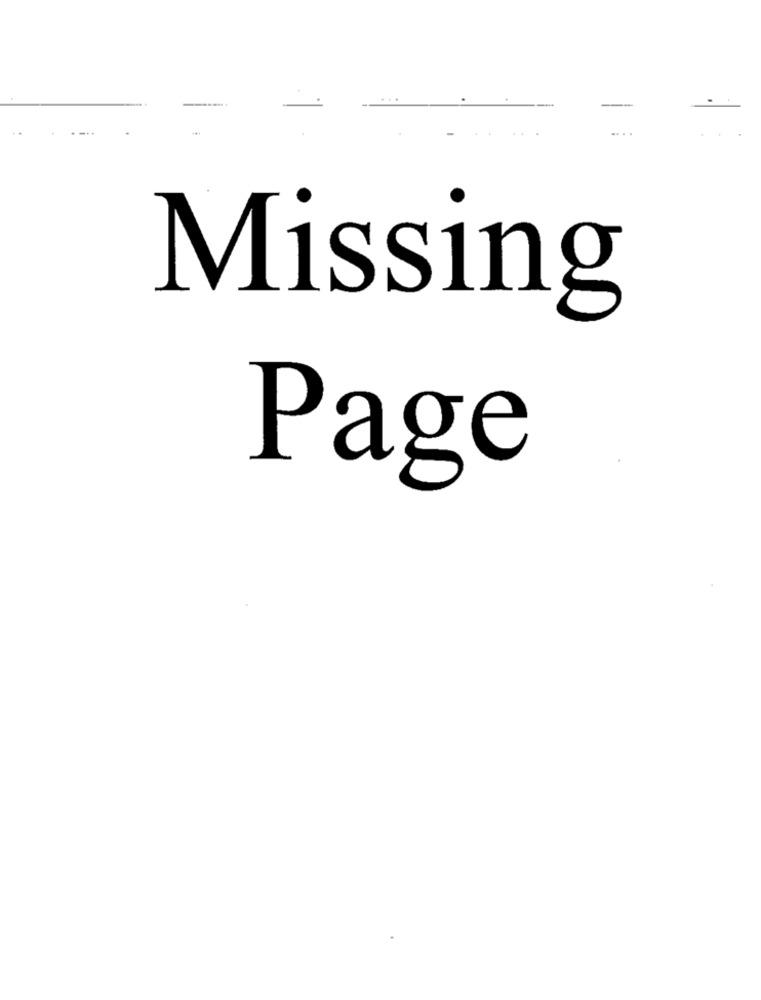
Missing
Page